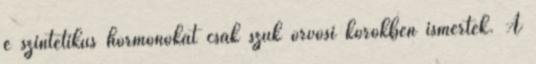
e szintetikus hormonokat csak szűk orvosi körökben ismerték. A